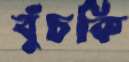
বুঁচকি